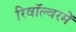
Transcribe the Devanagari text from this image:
रिवॉल्वरमें